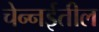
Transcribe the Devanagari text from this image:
चेन्‍नईतील